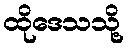
ထိုဒေသသို့